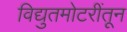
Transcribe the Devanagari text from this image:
विद्युतमोटरींतून